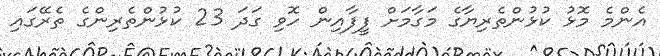
އެންމެ މޮޅު ކުޅުންތެރިޔާގެ މަގާމަށް ފީފާއިން ހޮވި ގަދަ 23 ކުޅުންތެރިންގެ ތެރޭގައި